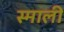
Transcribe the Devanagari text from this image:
स्माली